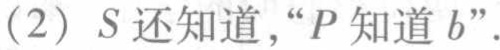
(2) \(S\)还知道，“\(P\)知道\(b\)”。